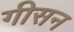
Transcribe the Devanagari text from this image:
गीसन